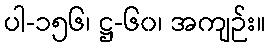
ပါ-၁၅၆၊ ဋ္ဌ-၆၀၊ အကျဉ်း။